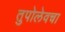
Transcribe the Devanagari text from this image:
तुपोलेवचा